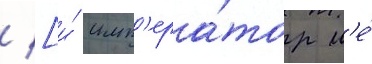
/ [и́ имп'ера́тор н'е́